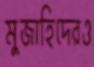
মুজাহিদেরও